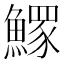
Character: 𩻄